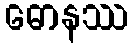
ဓောနဿ